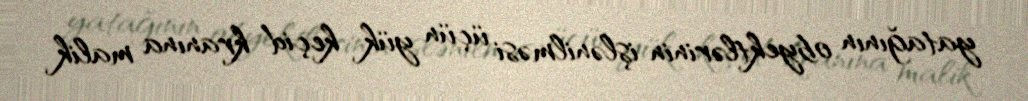
yatağının obyektlərinin işlənilməsi üçün yük keçid kranına malik